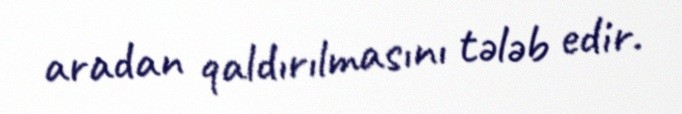
aradan qaldırılmasını tələb edir.